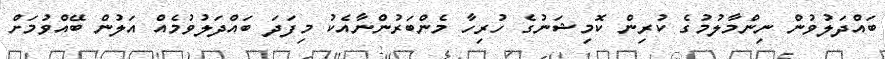
ބައްދަލުވުން ނިންމާލުމުގެ ކުރިން ކޮމިޝަނުގެ ހުރިހާ މެންބަރުންނާއެކު މިފަދަ ބައްދަލުވުމެއް އަލުން ބޭއްވުމަށް